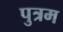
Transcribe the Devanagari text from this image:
पुत्रम